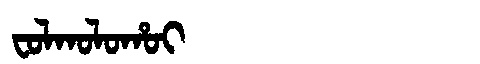
Manchu: ᠸᠣᠯᡴᠣᠯᠣᡥᠣᡳ
Romanization: FOLKOLOHOI